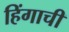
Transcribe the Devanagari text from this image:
हिंगाची